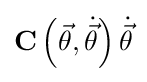
\mathbf {C} \left({\vec {\theta }},{\dot {\vec {\theta }}}\right){\dot {\vec {\theta }}}